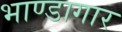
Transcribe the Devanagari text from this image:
भाण्डागार